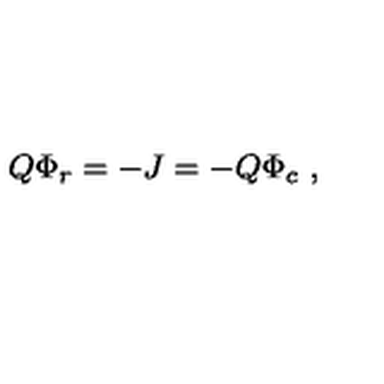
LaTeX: Q \Phi _ { r } = - J = - Q \Phi _ { c } \ ,